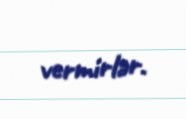
vermirlər.